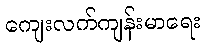
ကျေးလက်ကျန်းမာရေး